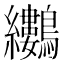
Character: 𪈜